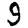
Digit: 9